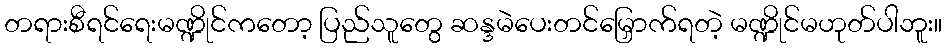
တရားစီရင်ရေးမဏ္ဍိုင်ကတော့ ပြည်သူတွေ ဆန္ဒမဲပေးတင်မြှောက်ရတဲ့ မဏ္ဍိုင်မဟုတ်ပါဘူး။